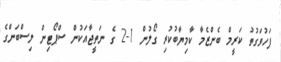
ފަހުވަގުތު ކަރީމް ބެންޒެމާ ކާމިޔާބުކުރި ގޯލުން 1-2 ގެ ނަތީޖާއަކުން ސްޕޯޓިން ލިސްބަންގެ